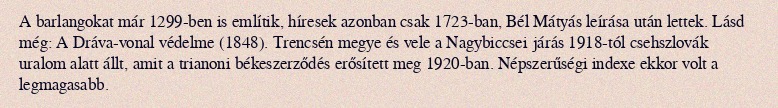
A barlangokat már 1299-ben is említik, híresek azonban csak 1723-ban, Bél Mátyás leírása után lettek. Lásd még: A Dráva-vonal védelme (1848). Trencsén megye és vele a Nagybiccsei járás 1918-tól csehszlovák uralom alatt állt, amit a trianoni békeszerződés erősített meg 1920-ban. Népszerűségi indexe ekkor volt a legmagasabb.